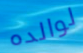
لوالده